Indian journal of veterinary science and animal husbandry - Volume 8,
Year: 1938
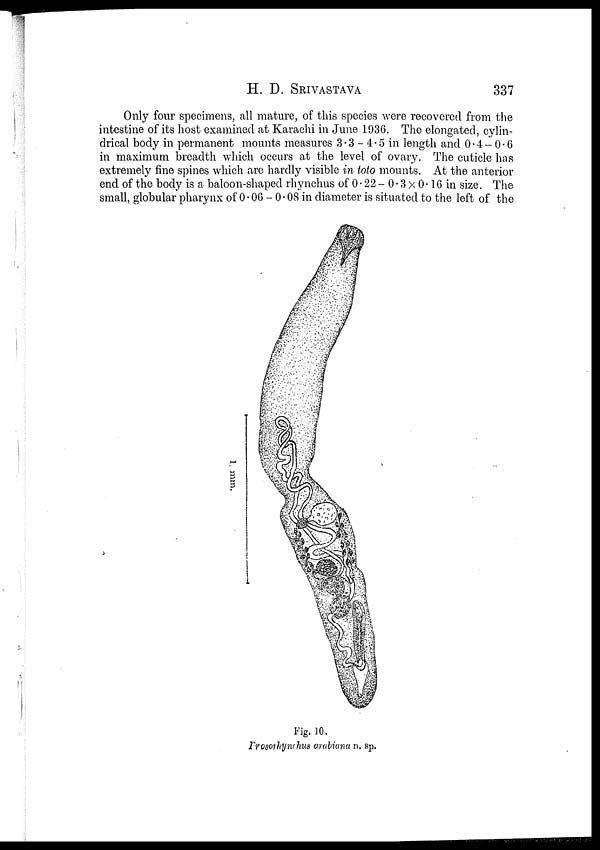
H. D.
SRIVASTAVA
337
Only four specimens, all mature, of this species were recovered from the
intestine of its host examined at Karachi in June 1936. The elongated, cylin-
drical body in permanent mounts measures 3.3—4.5 in length and 0.4—0.6
in maximum breadth which occurs at the level of ovary. The cuticle has
extremely fine spines which are hardly visible in toto mounts. At the anterior
end of the body is a baloon-shaped rhynchus of 0.22 — 0.3 × 0.16 in size. The
small, globular pharynx of 0.06 — 0.08 in diameter is situated to the left of the
Fig. 10.
Frosorhynhus arabiana n. sp.